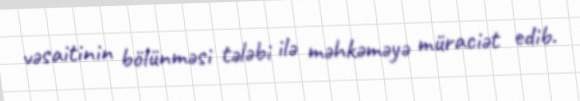
vəsaitinin bölünməsi tələbi ilə məhkəməyə müraciət edib.